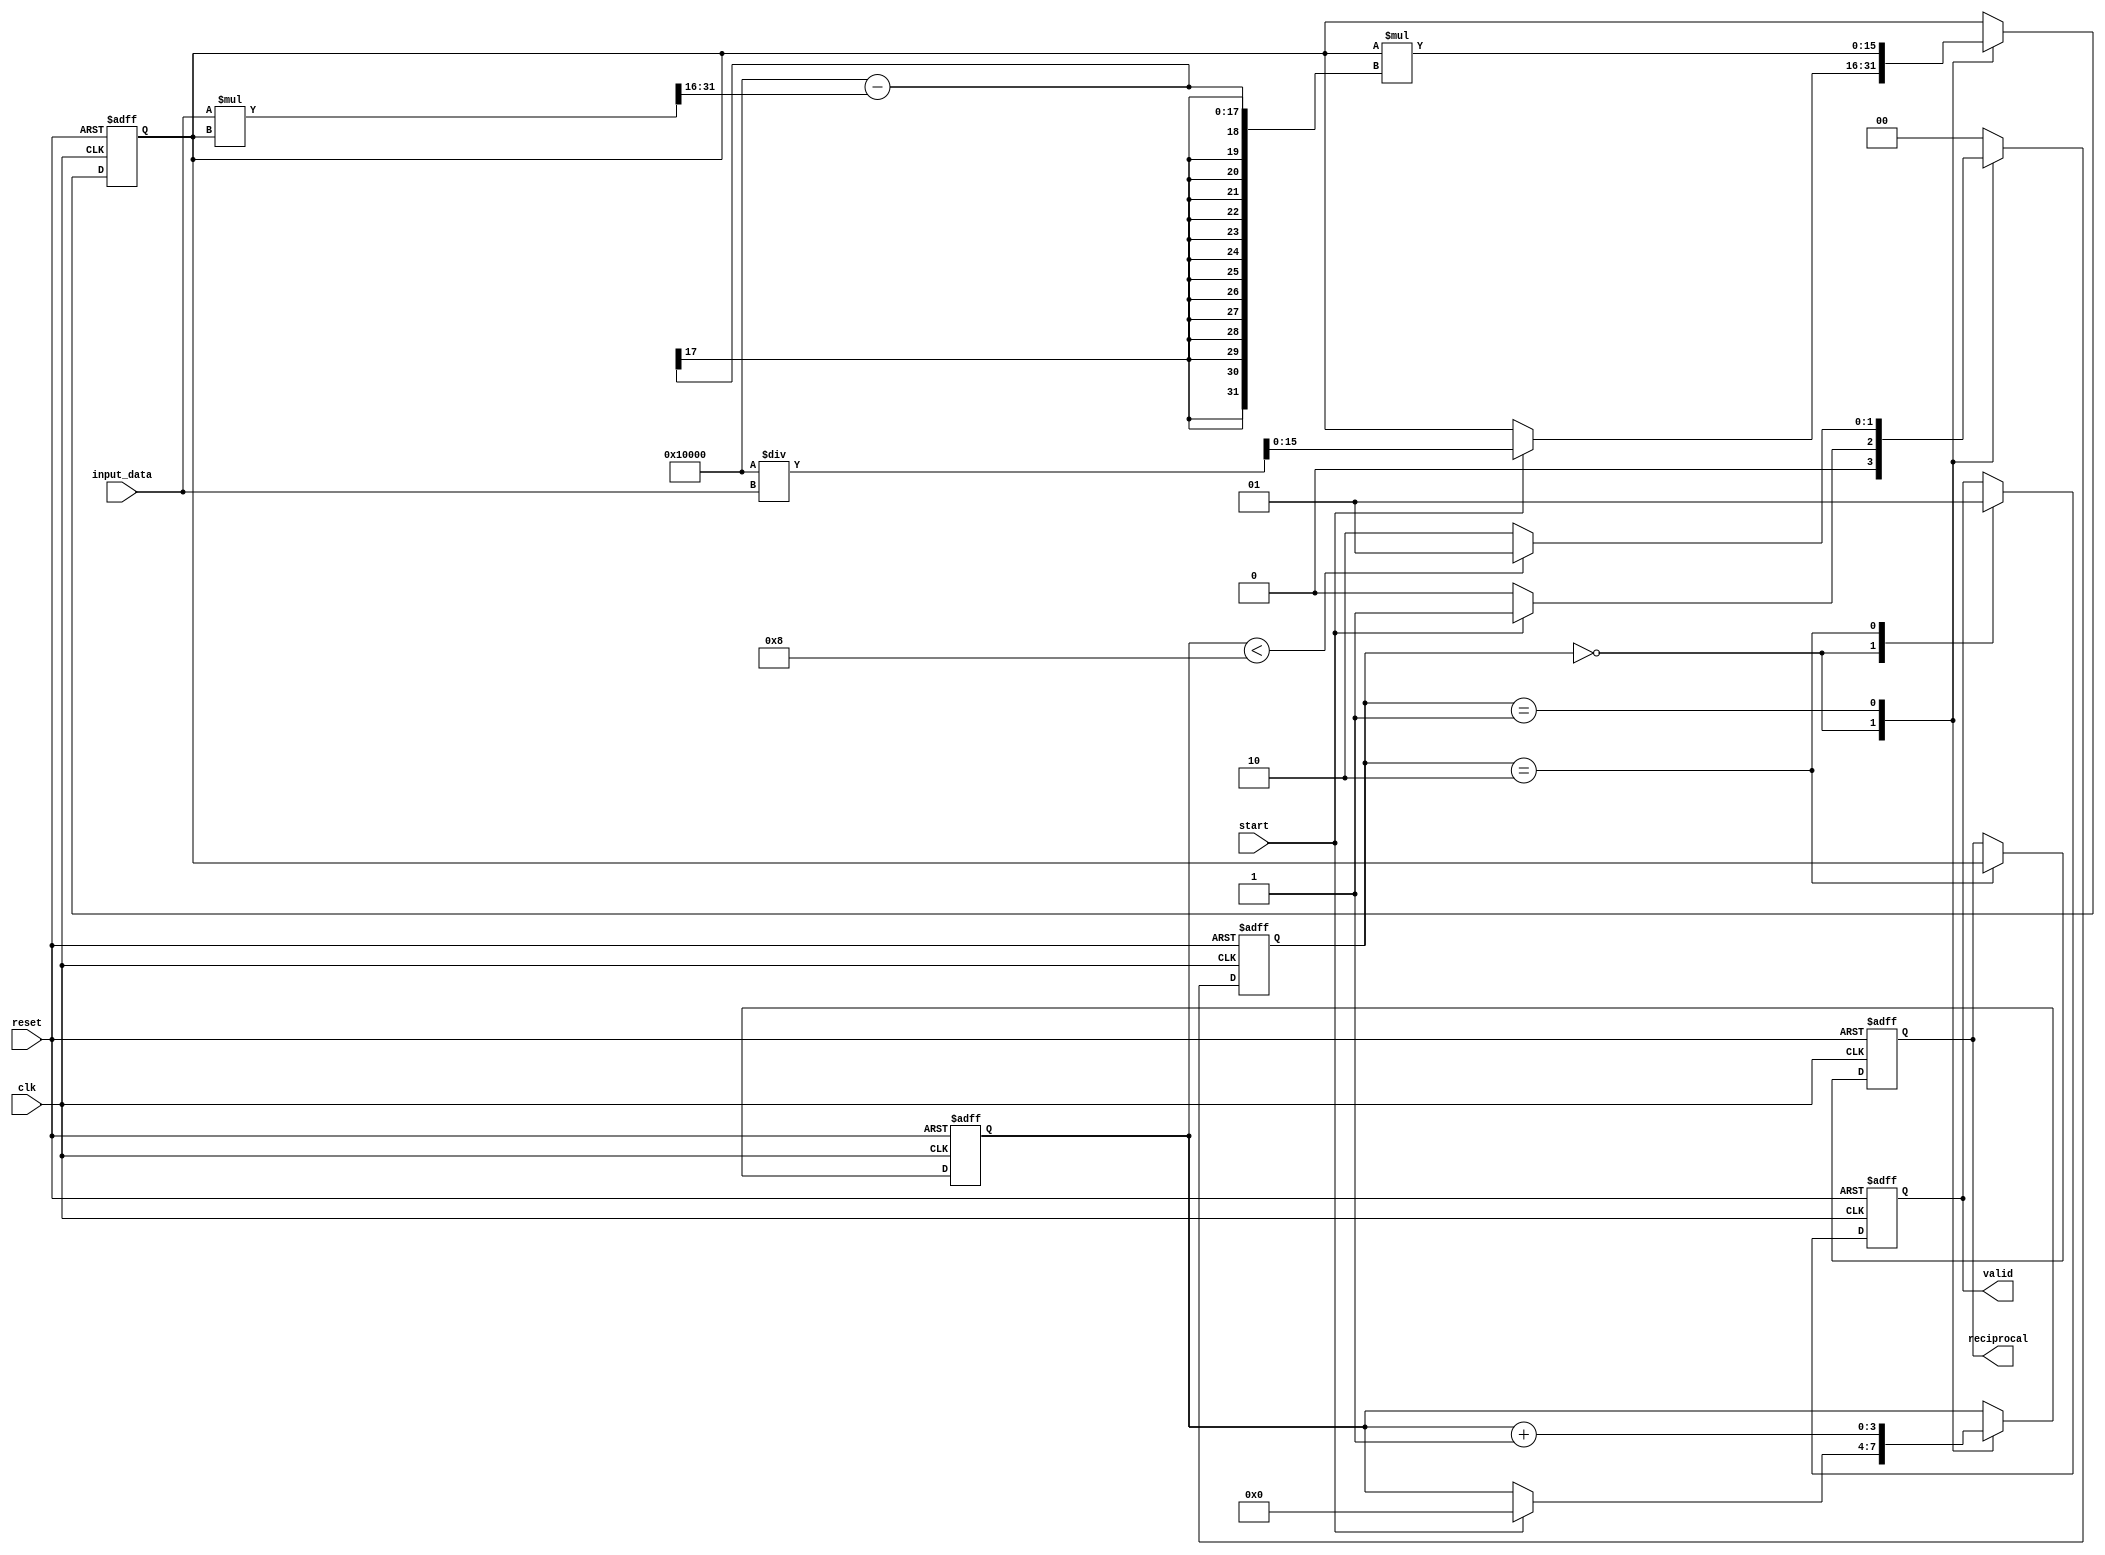
module iterative_reciprocal #(
    parameter PRECISION = 16,      // Bit-width of the input and output data
    parameter MAX_ITERATIONS = 8    // Maximum number of iterations
) (
    input  wire [PRECISION-1:0] input_data,   // Input data
    input  wire start,                         // Start signal
    input  wire clk,                           // Clock signal
    input  wire reset,                         // Active-high reset
    output reg  [PRECISION-1:0] reciprocal,    // Output reciprocal
    output reg valid                           // Valid flag
);

    // State encoding
    localparam IDLE = 2'b00;
    localparam COMPUTING = 2'b01;
    localparam DONE = 2'b10;

    reg [1:0] state, next_state;
    reg [PRECISION-1:0] approximation;
    reg [3:0] iter_count; // Using 4 bits for a maximum of 16 iterations, suitable for MAX_ITERATIONS = 8
    wire [PRECISION-1:0] next_approximation;
    
    // Calculate the next approximation using Newton-Raphson
    assign next_approximation = approximation * (2 ** PRECISION - (input_data * approximation >> PRECISION));

    // State Machine
    always @(posedge clk or posedge reset) begin
        if (reset) begin
            state <= IDLE;
        end else begin
            state <= next_state;
        end
    end

    // Next State Logic
    always @(*) begin
        case (state)
            IDLE: begin
                if (start) begin
                    next_state = COMPUTING;
                end else begin
                    next_state = IDLE;
                end
            end
            
            COMPUTING: begin
                if (iter_count < MAX_ITERATIONS) begin
                    next_state = COMPUTING;
                end else begin
                    next_state = DONE;
                end
            end
                
            DONE: begin
                next_state = IDLE; // Ready to start again
            end
            
            default: next_state = IDLE; // Default state
        endcase
    end

    // Registers and Output Logic
    always @(posedge clk or posedge reset) begin
        if (reset) begin
            approximation <= 0;
            iter_count <= 0;
            reciprocal <= 0;
            valid <= 0;
        end else begin
            case (state)
                IDLE: begin
                    valid <= 0; // Output not valid when in IDLE
                    if (start) begin
                        // Initial approximation (2^N / input_data)
                        approximation <= (1 << PRECISION) / input_data; 
                        iter_count <= 0;
                    end
                end
                
                COMPUTING: begin
                    approximation <= next_approximation; 
                    iter_count <= iter_count + 1; 
                end

                DONE: begin
                    reciprocal <= approximation; 
                    valid <= 1; // Output is valid after computation is done
                end
            endcase
        end
    end

endmodule